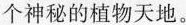
个神秘的植物天地。